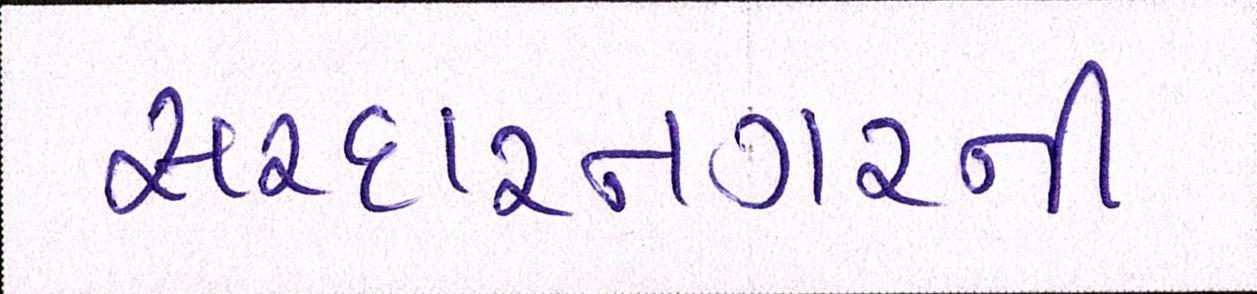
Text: સરદારનગરની